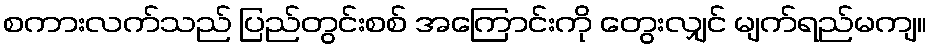
စကားလက်သည် ပြည်တွင်းစစ် အကြောင်းကို တွေးလျှင် မျက်ရည်မကျ။